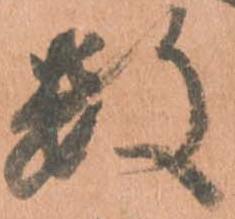
数